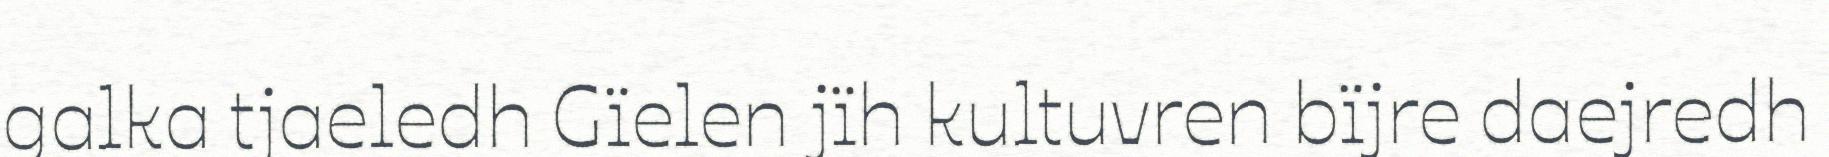
galka tjaeledh Gïelen jïh kultuvren bïjre daejredh